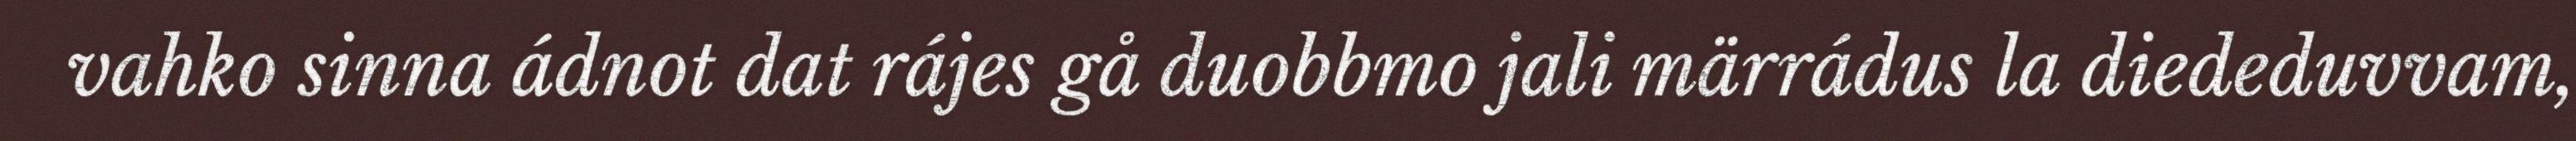
vahko sinna ádnot dat rájes gå duobbmo jali märrádus la diededuvvam,